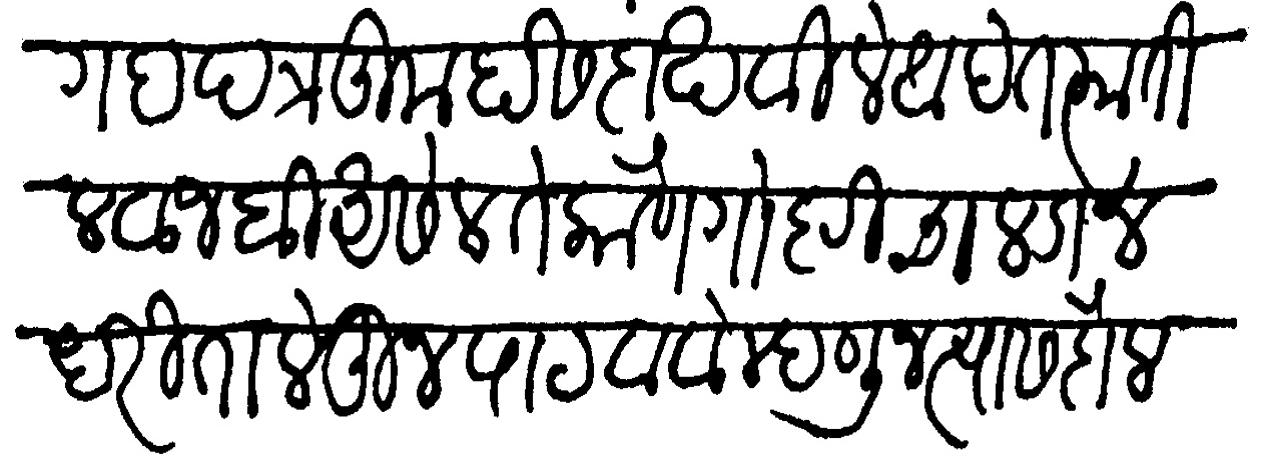
Transliteration (Devanagari): कागद पत्र तुम्हास दाखविले आहेत त्यातील वाजवी असेल ते कोणे गोष्टीचा लडा न धरिता लेहून पाठवावे म्हणोन त्यास दौलत